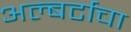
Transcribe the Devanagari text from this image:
अल्बर्टाचा